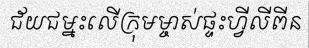
ជ័យជម្នះលើក្រុមម្ចាស់ផ្ទះហ្វីលីពីន